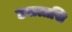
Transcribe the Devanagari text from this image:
ठसलासि